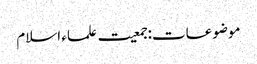
موضوعات:جمعیت علماء اسلام